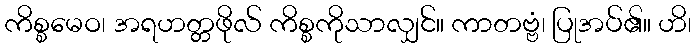
ကိစ္စမေဝ၊ အရဟတ္တဖိုလ် ကိစ္စကိုသာလျှင်။ ကာတဗ္ဗံ၊ ပြုအပ်၏။ ဟိ၊